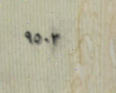
٩٥٠٣